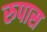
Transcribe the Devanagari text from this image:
रुपास